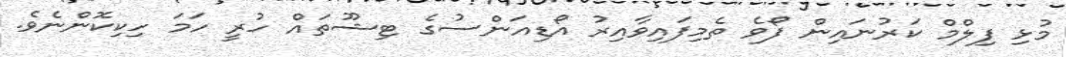
މުޅި ފިލްމް ކަރުނައިން ފޯވެ ތެމިފައިވާއިރު އޯޑިއަންސުގެ ޓިޝޫތައް ހުރީ ހަމަ ހިކިކޮންނެވެ.